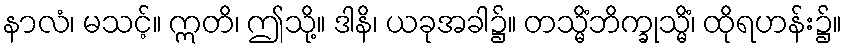
နာလံ၊ မသင့်။ ဣတိ၊ ဤသို့။ ဒါနိ၊ ယခုအခါ၌။ တသ္မိံဘိက္ခုသ္မိံ၊ ထိုရဟန်း၌။